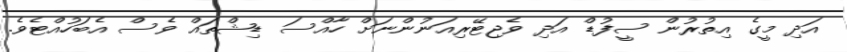
އަދި މީގެ އިތުރުން ސީފުޑް އަދި ވެޖިޓޭރިއަނުންނަށްް ހާއްސަ ޑިޝްތައް ވެސް އެބަހުއްޓެވެ.